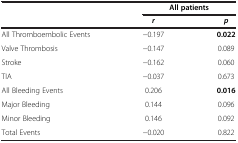
<table><thead><tr><td rowspan="2"><b> </b></td><td colspan="2"><b>All patients</b></td></tr><tr><td><b><i>r</i></b></td><td><b><i>p</i></b></td></tr></thead><tbody><tr><td>All Thromboembolic Events</td><td>-0.197</td><td><b>0.022</b></td></tr><tr><td>Valve Thrombosis</td><td>-0.147</td><td>0.089</td></tr><tr><td>Stroke</td><td>-0.162</td><td>0.060</td></tr><tr><td>TIA</td><td>-0.037</td><td>0.673</td></tr><tr><td>All Bleeding Events</td><td>0.206</td><td><b>0.016</b></td></tr><tr><td>Major Bleeding</td><td>0.144</td><td>0.096</td></tr><tr><td>Minor Bleeding</td><td>0.146</td><td>0.092</td></tr><tr><td>Total Events</td><td>-0.020</td><td>0.822</td></tr></tbody></table>